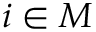
i \in M